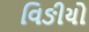
વિઙીયો